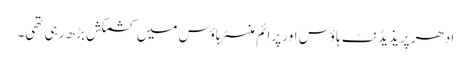
ادھر پریذیڈنٹ ہاؤس اور پرائم منسٹر ہاؤس میں کشمکش بڑھ رہی تھی۔